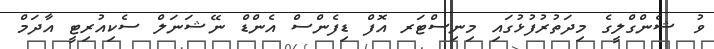
ވު ޝެންގްލީގެ މިދަތުރުފުޅުގައި މިނިސްޓަރ އޮފް ޑިފެންސް އެންޑް ނޭޝަނަލް ސެކިއުރިޓީ އާދަމް